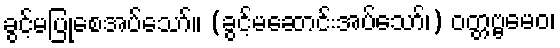
ခွင့်မပြုစေအပ်သော်။ (ခွင့်မဆောင်းအပ်သော်၊) ဝတ္တဗ္ဗမေဝ၊